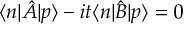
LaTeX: \langle n | \hat { A } | p \rangle - i t \langle n | \hat { B } | p \rangle = 0